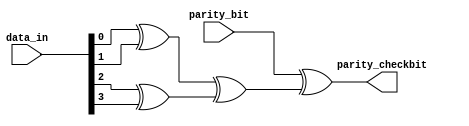
`timescale 1ns / 1ps

// Module Name: parity_check

//////////////////////////////////////////////////////////////////////////////////


module parity_check(
        input [3:0] data_in,
        input parity_bit,
        output parity_checkbit 
        );
        
assign parity_checkbit = parity_bit ^((data_in[0]^ data_in[1])^ (data_in[2]^ data_in[3]));
                        
endmodule